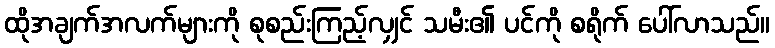
ထိုအချက်အလက်များကို စုစည်းကြည့်လျှင် သမီး၏ ပင်ကို စရိုက် ပေါ်လာသည်။